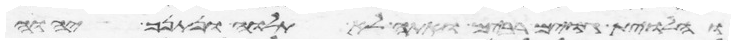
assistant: והלוית גוים רבים ואתה לא תלוה ונתנך יהוה